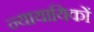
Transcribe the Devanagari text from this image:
न्यायायिकों